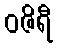
ဝဇိရီ